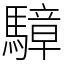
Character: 騿